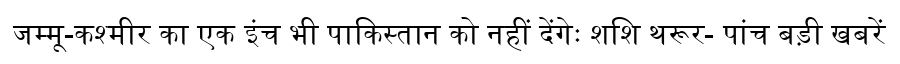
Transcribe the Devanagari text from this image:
जम्मू-कश्मीर का एक इंच भी पाकिस्तान को नहीं देंगेः शशि थरूर- पांच बड़ी खबरें